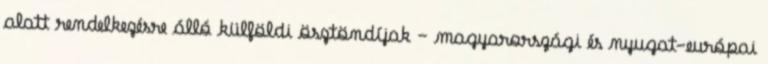
alatt rendelkezésre álló külföldi ösztöndíjak – magyarországi és nyugat-európai